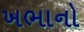
ખભાનો